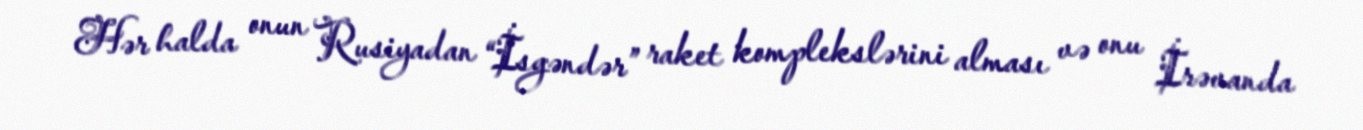
Hər halda onun Rusiyadan “İsgəndər” raket komplekslərini alması və onu İrəvanda